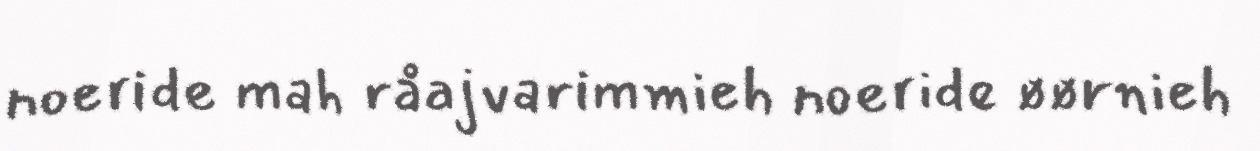
noeride mah råajvarimmieh noeride øørnieh